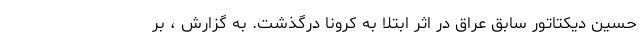
حسین دیکتاتور سابق عراق در اثر ابتلا به کرونا درگذشت. به گزارش ، بر